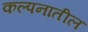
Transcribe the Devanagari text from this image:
कल्पनातील